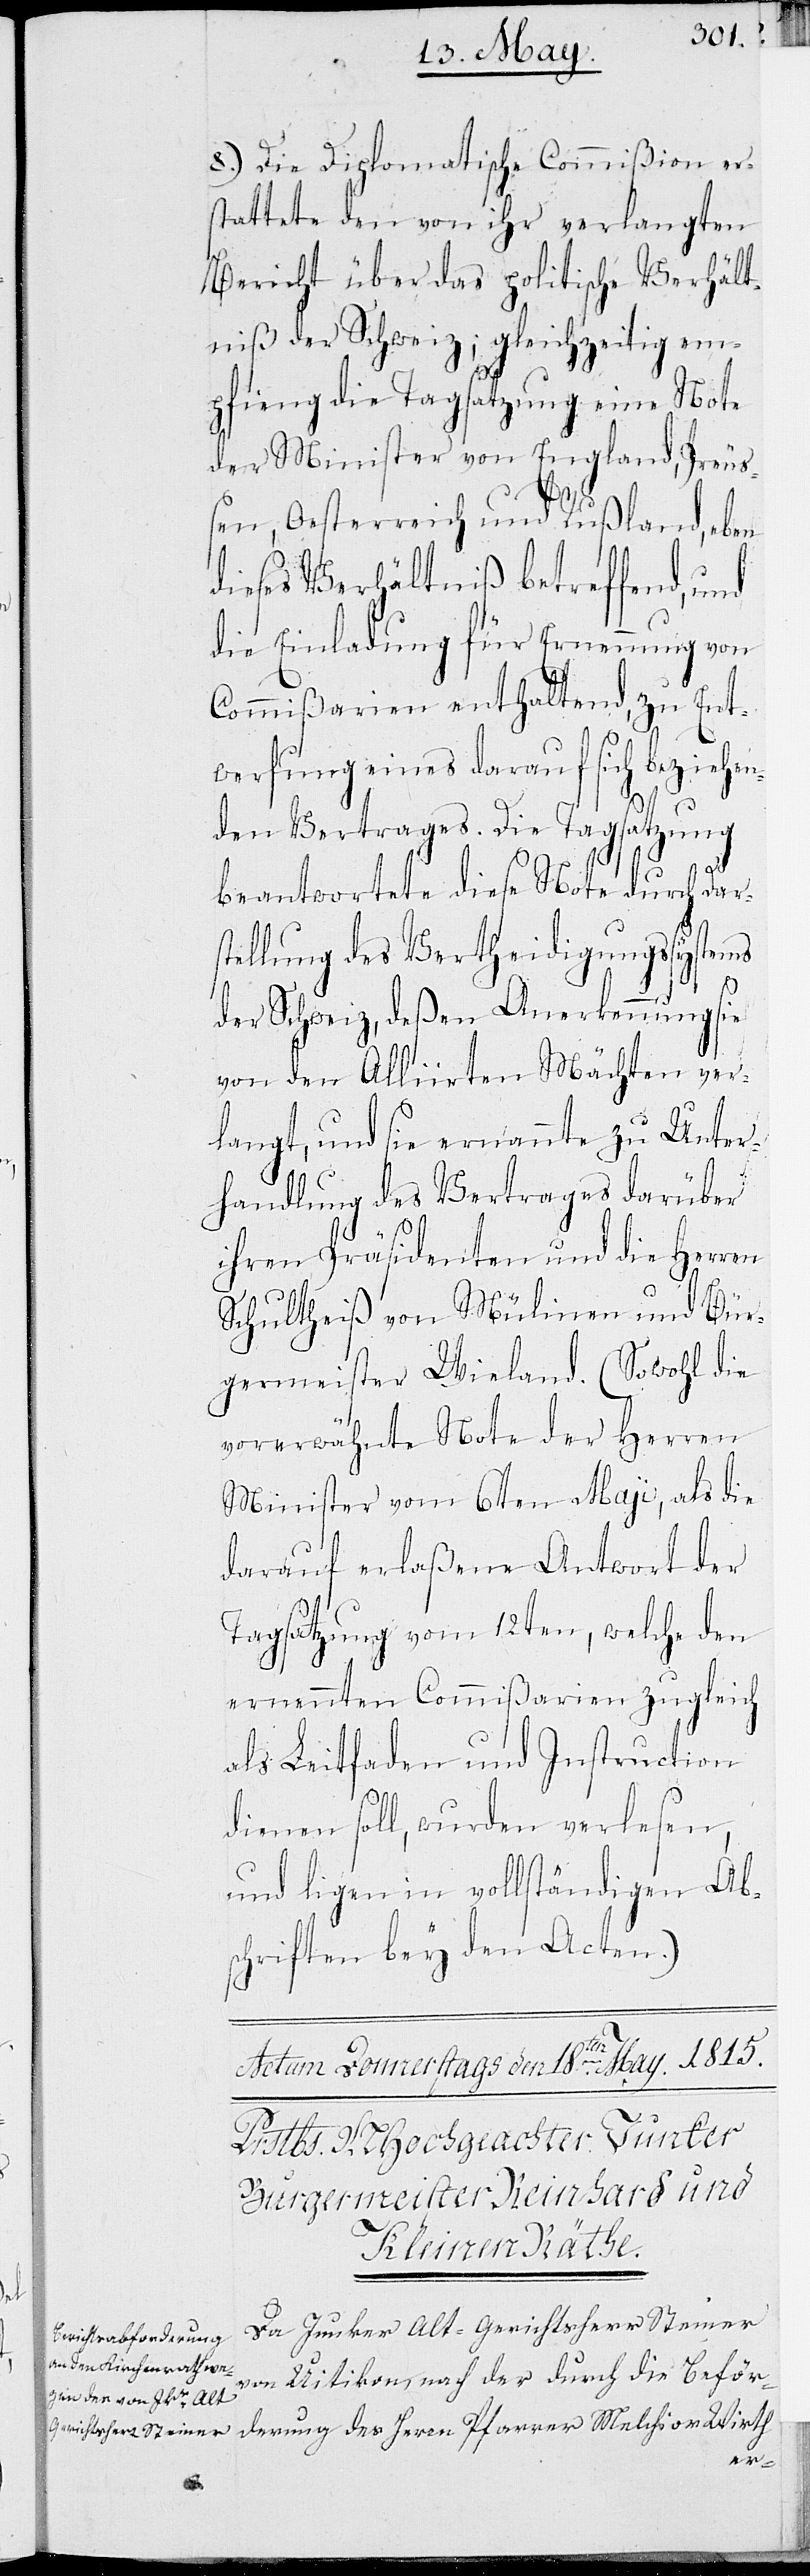
8.) Die Diplomatische Commißion er¬
stattete den von ihr verlangten
Bericht über das politische Verhält¬
nis der Schweiz; gleichzeitig em¬
pfieng die Tagsatzung eine Note
der Minister von England, Preuß¬
en, Oesterreich und Rußland, eben
dieses Verhältniß betreffend, und
die Einladung für Ernennung von
Commißarien enthaltend, zu Ent¬
werfung eines darauf sich beziehen¬
den Vertrages. Die Tagsatzung
beantwortete diese Note durch Dar¬
stellung des Vertheidigungssystems
der Schweiz, deßen Anerkennung sie
von den Alliirten Mächten ver¬
langt, und sie ernannte zu Unter¬
handlung des Vertrages darüber
ihren Präsidenten und die Herren
Schultheiß von Mülinen und Bür¬
germeister Wieland. (Sowohl die
vorerwähnte Note der Herren
Minister vom 6ten Maji, als die
darauf erlaßene Antwort der
Tagsatzung vom 12ten, welche den
ernannten Commißarien zugleich
als Leitfaden und Instruction
dienen soll, wurden verlesen,
und ligen in vollständigen Ab¬
schriften bey den Acten.)
Da Junker Alt-Gerichtsherr Steiner
von Uitikon nach der durch die Beförd¬
Herrn